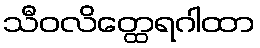
သီဝလိတ္ထေရဂါထာ